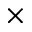
\times